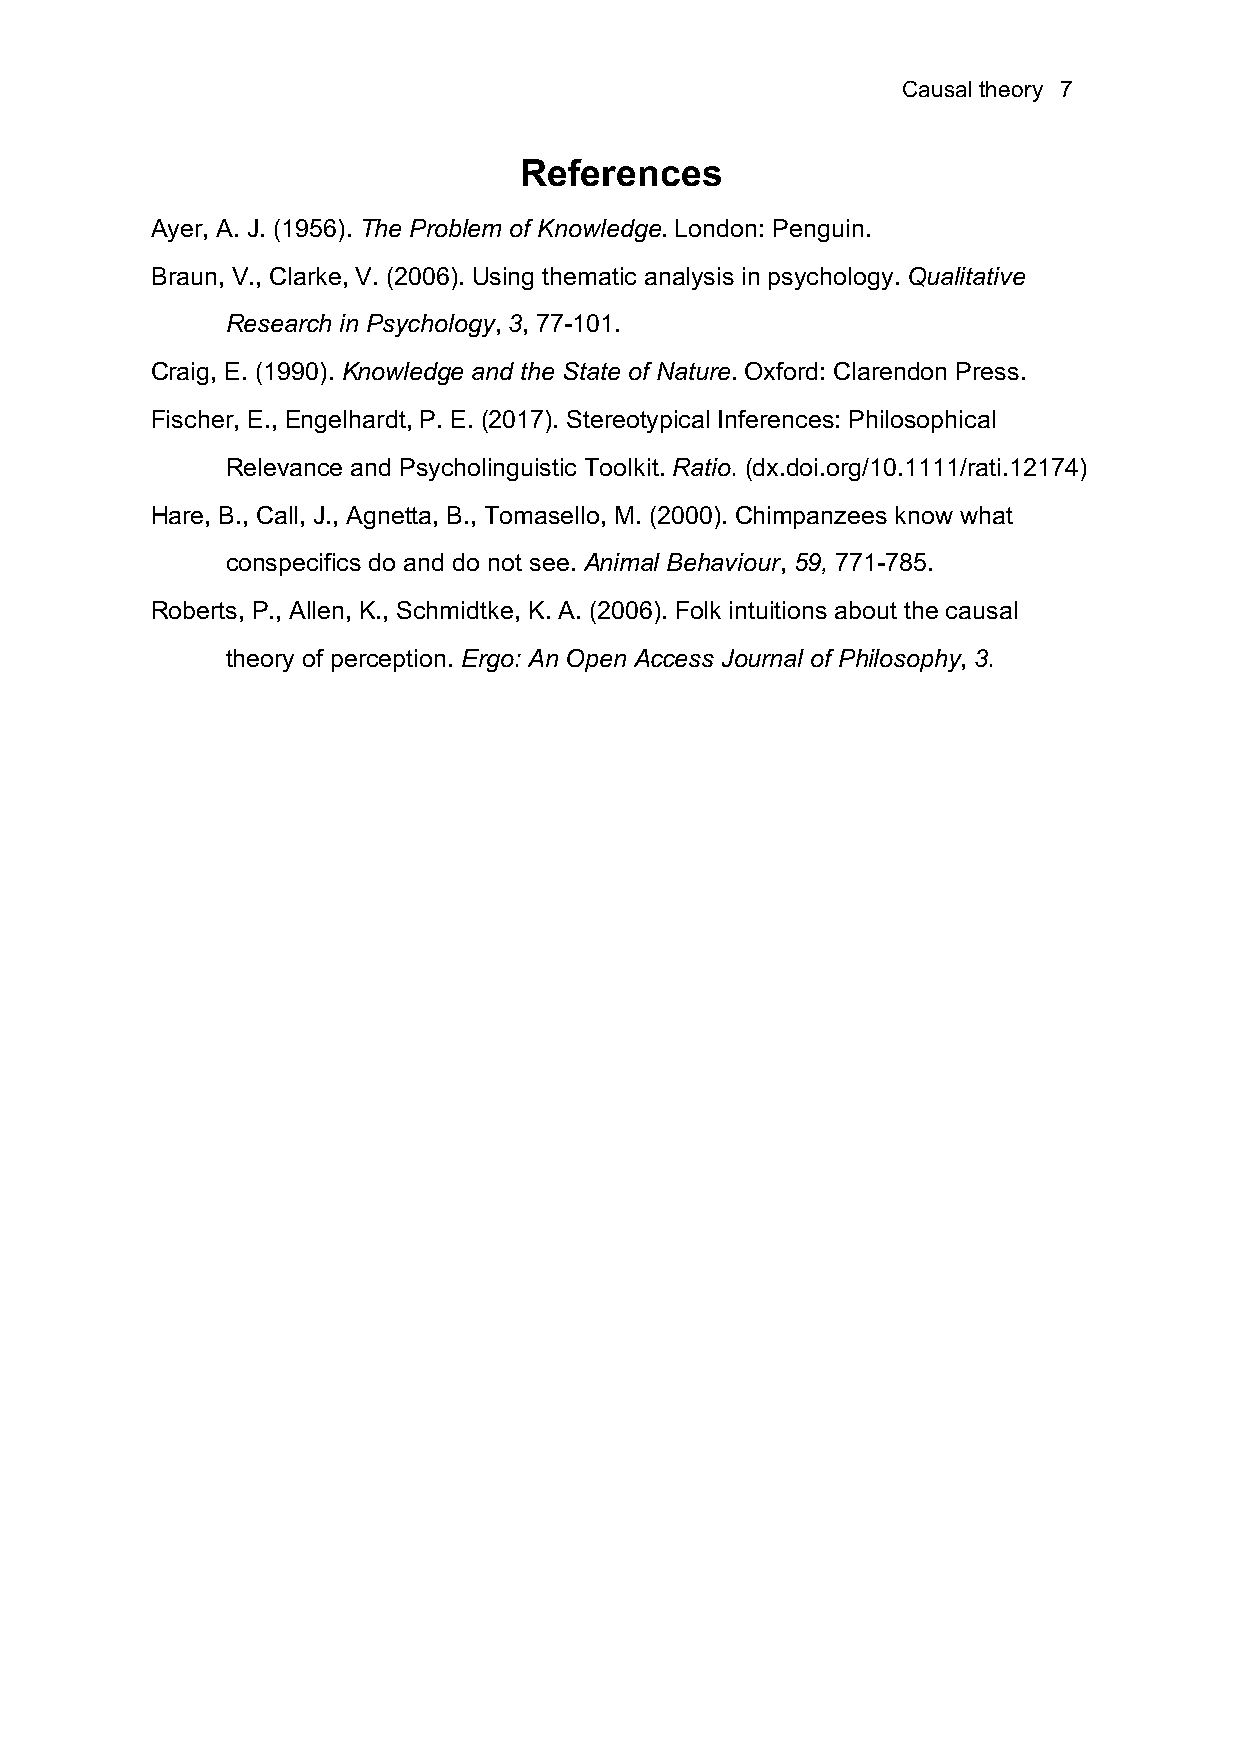
Causal theory 7
 References
 Ayer, A. J. (1956). The Problem of Knowledge. London: Penguin.
 Braun, V., Clarke, V. (2006). Using thematic analysis in psychology. Qualitative
 Research in Psychology, 3, 77-101.
 Craig, E. (1990). Knowledge and the State of Nature. Oxford: Clarendon Press.
 Fischer, E., Engelhardt, P. E. (2017). Stereotypical Inferences: Philosophical
 Relevance and Psycholinguistic Toolkit. Ratio. (dx.doi.org/10.1111/rati.12174)
 Hare, B., Call, J., Agnetta, B., Tomasello, M. (2000). Chimpanzees know what
 conspecifics do and do not see. Animal Behaviour, 59, 771-785.
 Roberts, P., Allen, K., Schmidtke, K. A. (2006). Folk intuitions about the causal
 theory of perception. Ergo: An Open Access Journal of Philosophy, 3.